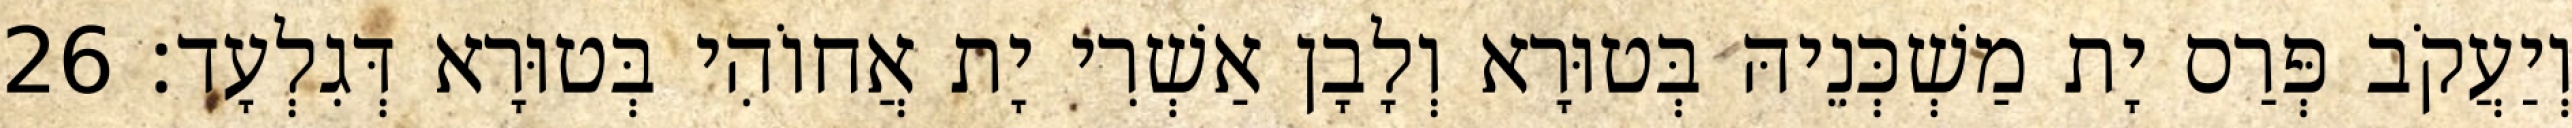
וְיַעֲקֹב פְּרַס יָת מַשְׁכְּנֵיהּ בְּטוּרָא וְלָבָן אַשְׁרִי יָת אֲחוֹהִי בְּטוּרָא דְּגִלְעָד׃ 26